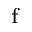
_ \mathrm { f }